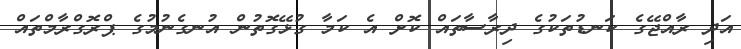
އަދި ރާއްޖޭގެ ކަނޑުތަކުގެ ދިރާސާތައް ކޮށް އެ ކަމާ ގުޅޭގޮތުން އުނގެނުމުގެ ޕްރޮގްރާމްތައް